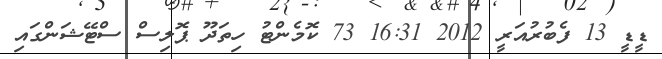
ޑީޑީ 13 ފެބުރުއަރީ 2012 16:31 73 ކޮމެންޓު ހިތަދޫ ޕޮލިސް ސްޓޭޝަންގައި